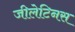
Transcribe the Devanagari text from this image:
जीलेटिनस